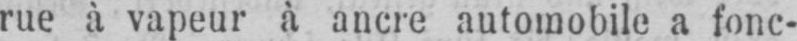
rue à vapeur à ancre automobile a fonc-